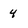
Character: 4